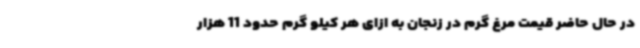
در حال حاضر قیمت مرغ گرم در زنجان به ازای هر کیلو گرم حدود 11 هزار